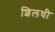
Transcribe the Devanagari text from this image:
शिलधी